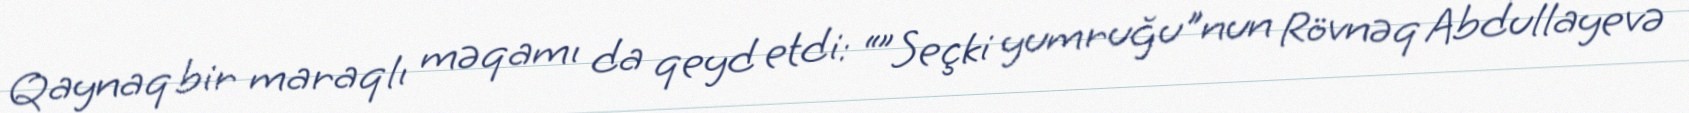
Qaynaq bir maraqlı məqamı da qeyd etdi: “”Seçki yumruğu"nun Rövnəq Abdullayevə